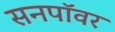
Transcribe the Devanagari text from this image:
सनपॉवर